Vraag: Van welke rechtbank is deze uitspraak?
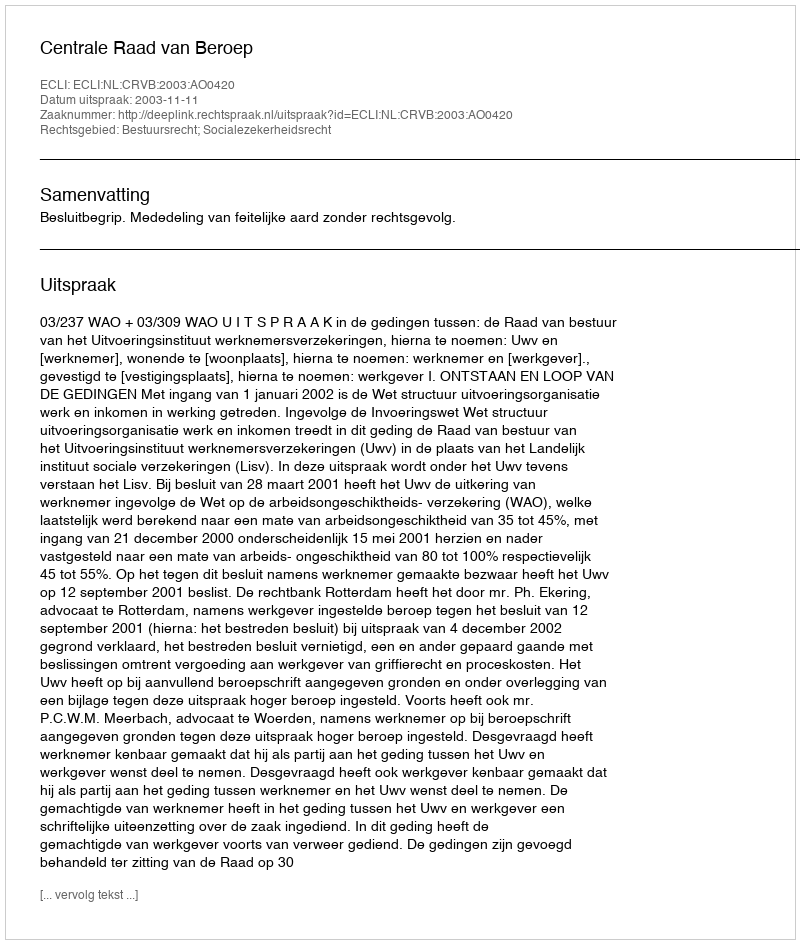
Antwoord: Centrale Raad van Beroep